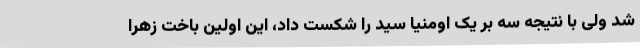
شد ولی با نتیجه سه بر یک اومنیا سید را شکست داد، این اولین باخت زهرا